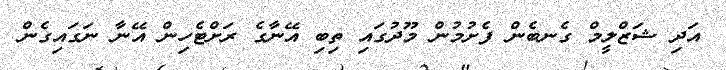
އަދި ޝަޒްލީމް ގެނބެން ފެށުމުން މޫދުގައި ތިބި އޭނާގެ ރަށްޓެހިން އޭނާ ނަގައިގެން